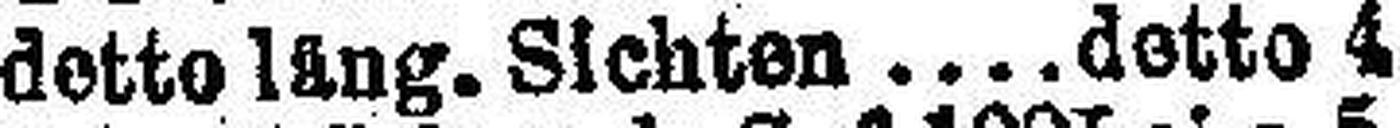
detto läng. Sichten  detto 4